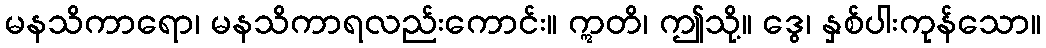
မနသိကာရော၊ မနသိကာရလည်းကောင်း။ ဣတိ၊ ဤသို့။ ဒွေ၊ နှစ်ပါးကုန်သော။